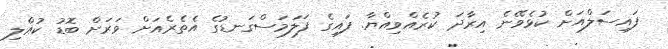
ފައިސަލްއަށް ކުޅެވޭނެ އިރާދަ ކުރެއްވިއްޔާ. ފައިގެ ފަލަމަސްގަނޑުގެ އެތެރެއަށް ވަރަށް ބޮޑު ކުއްލި